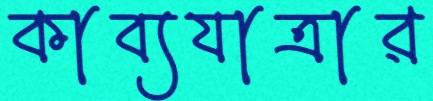
কাব্যযাত্রার